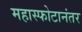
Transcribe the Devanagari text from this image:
महास्फोटानंतर